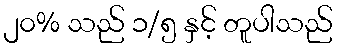
၂၀% သည် ၁/၅ နှင့် တူပါသည်